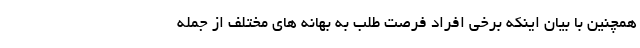
همچنین با بیان اینکه برخی افراد فرصت طلب به بهانه های مختلف از جمله